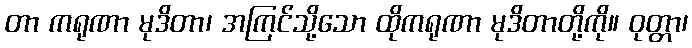
တာ ကရုဏာ မုဒိတာ၊ အကြင်သို့သော ထိုကရုဏာ မုဒိတာတို့ကို။ ဝုတ္တာ၊